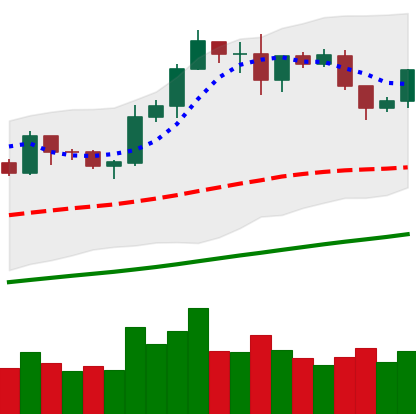
Ticker: LTC-USD
Chart end date: 2019-06-06
Forward return: 22.431%
Label: up_7plus